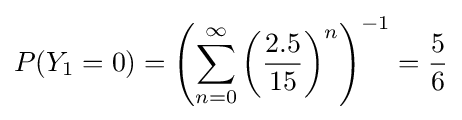
P(Y_{1}=0)=\left(\sum _{n=0}^{\infty }\left({\frac {2.5}{15}}\right)^{n}\right)^{-1}={\frac {5}{6}}